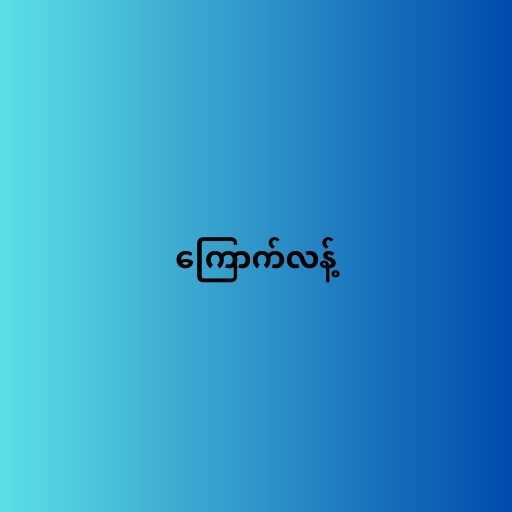
ကြောက်လန့်